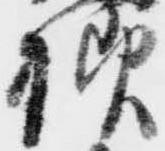
様